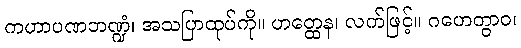
ကဟာပဏဘဏ္ဍံ၊ အသပြာထုပ်ကို။ ဟတ္ထေန၊ လက်ဖြင့်။ ဂဟေတွာဝ၊